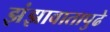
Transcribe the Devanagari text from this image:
झंझावातापुढे